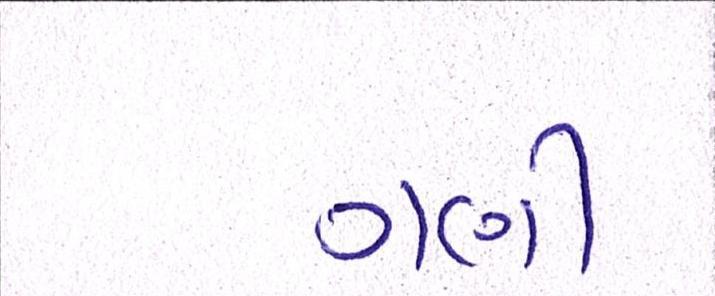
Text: ગણી